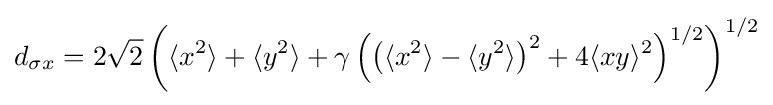
d_{\sigma x}=2{\sqrt {2}}\left(\langle x^{2}\rangle +\langle y^{2}\rangle +\gamma \left(\left(\langle x^{2}\rangle -\langle y^{2}\rangle \right)^{2}+4\langle xy\rangle ^{2}\right)^{1/2}\right)^{1/2}